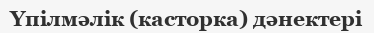
Үпілмәлік (касторка) дәнектері